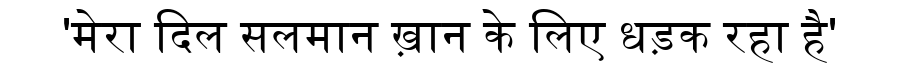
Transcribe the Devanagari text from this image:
'मेरा दिल सलमान ख़ान के लिए धड़क रहा है'